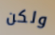
ولكن